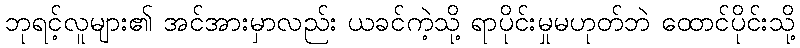
ဘုရင့်လူများ၏ အင်အားမှာလည်း ယခင်ကဲ့သို့ ရာပိုင်းမှုမဟုတ်ဘဲ ထောင်ပိုင်းသို့